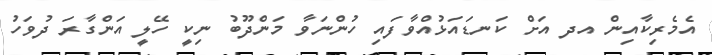
އެމެރިކާއިން އދ އަށް ކަނޑައަޅުއްވާފައި ހުންނަވާ މަންދޫބު ނިކީ ހޭލީ އަންގާރަ ދުވަހު